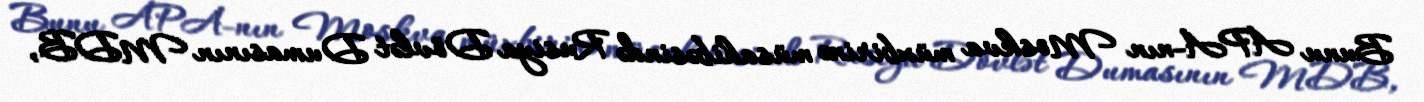
Bunu APA-nın Moskva müxbirinə müsahibəsində Rusiya Dövlət Dumasının MDB,